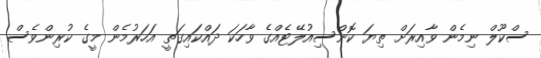
ސްކޫލް ނިމެން ވާާއިރަށް ތިޔަ ކޮންސިއުލޭޓެއްގެ ވާހަކަ ދައްކައިގަތީ އަހަރުމެން މީގެ ކުރިންވެސް